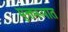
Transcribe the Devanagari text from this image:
मुक्तरूपात